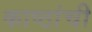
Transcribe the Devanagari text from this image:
काष्ठांची